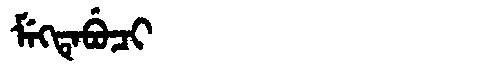
Manchu: ᠮᡝᡴᡨᡝᠪᡠᠴᡳ
Romanization: MEKTEBUCI